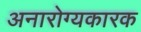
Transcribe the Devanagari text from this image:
अनारोग्यकारक